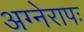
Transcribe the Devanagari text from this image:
अग्नेरापः